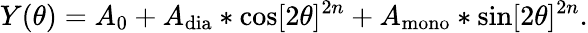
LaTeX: Y(\theta)=A_{0}+A_{\mathrm{{dia}}}*\cos[2\theta]^{2n}+A_{\mathrm{{mono}}}*\sin[2\theta]^{2n}.